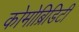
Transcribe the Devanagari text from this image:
कोमोब्रिडिटी